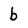
Character: b